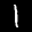
Label: 1